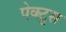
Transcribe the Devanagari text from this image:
पेक्टुस